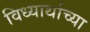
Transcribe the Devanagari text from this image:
विध्यार्थाच्या